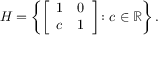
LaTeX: H = \left\{ { \left[ \begin{array} { l l } { 1 } & { 0 } \\ { c } & { 1 } \end{array} \right] } \colon c \in \mathbb { R } \right\} .